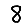
Digit: 8